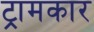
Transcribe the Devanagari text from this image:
ट्रामकार